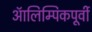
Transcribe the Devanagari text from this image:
ऑलिम्पिकपूर्वी